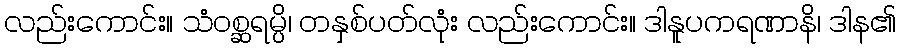
လည်းကောင်း။ သံဝစ္ဆရမ္ပိ၊ တနှစ်ပတ်လုံး လည်းကောင်း။ ဒါနူပကရဏာနိ၊ ဒါန၏